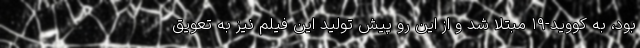
بود، به کووید-۱۹ مبتلا شد و از این رو پیش تولید این فیلم نیز به تعویق